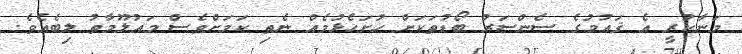
މަނާކުރީ އެ ޤައުމުގެ ސެންސަރު ބޯޑުތަކަށް ހުށަހެޅުމެއް ނެތި ކަމަށްވެސް މައުލޫމާތު ލިބެއެވެ.